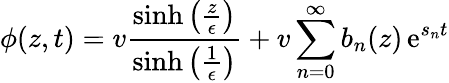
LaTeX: \phi(z,t)=v\frac{\sinh\left(\frac{z}{\epsilon}\right)}{\sinh\left(\frac{1}{\epsilon}\right)}+v\sum_{n=0}^{\infty}b_{n}(z)\operatorname{e}^{s_{n}t}